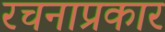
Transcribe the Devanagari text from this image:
रचनाप्रकार